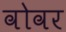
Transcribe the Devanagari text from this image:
वोवर